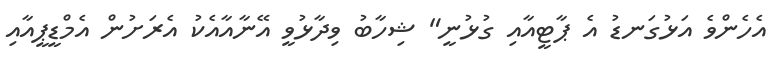
އެހެންވެ އަޅުގަނޑު އެ ޕާޓީއާއި ގުޅުނީ" ޝިހާބު ވިދާޅުވީ އޭނާއާއެކު އެރަށުން އެމްޑީޕީއާއި